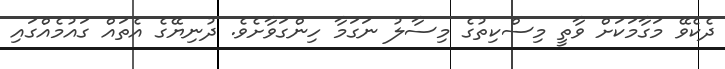
ދެކެވޭ މަގާމަކަށް ވާތީ މިސްކިތުގެ މިސާލު ނަގަމާ ހިންގަވާށެވެ. ދުނިޔޭގެ އެތައް ގައުމެއްގައި